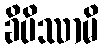
ခိပိဿာမိ